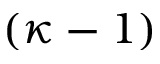
( \kappa - 1 )